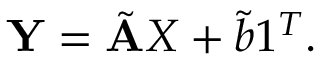
\mathbf { Y } = \tilde { \mathbf { A } } X + \tilde { b } 1 ^ { T } .